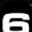
Digit: 6